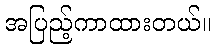
အပြည့်ကာထားတယ်။